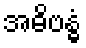
အဓိဗန္ဓံ